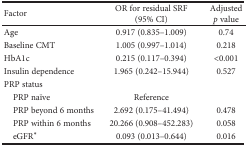
| Factor | OR for residual SRF (95% CI) | Adjusted p value |
 | --- | --- | --- |
 | Age | 0.917 (0.835–1.009) | 0.74 |
 | Baseline CMT | 1.005 (0.997–1.014) | 0.218 |
 | HbA1c | 0.215 (0.117–0.394) | <0.001 |
 | Insulin dependence | 1.965 (0.242–15.944) | 0.527 |
 | <COLSPAN=3> PRP status |
 | PRP naïve | Reference |  |
 | PRP beyond 6 months | 2.692 (0.175–41.494) | 0.478 |
 | PRP within 6 months | 20.266 (0.908–452.283) | 0.058 |
 | eGFR∗ | 0.093 (0.013–0.644) | 0.016 |